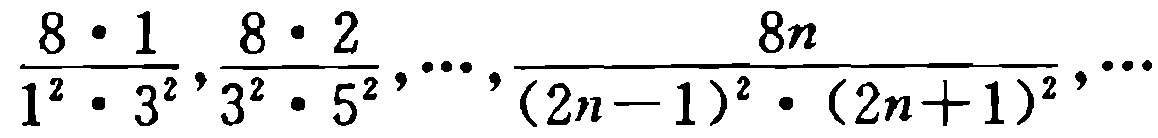
\(\frac{8\cdot 1}{1^{2}\cdot 3^{2}},\frac{8\cdot 2}{3^{2}\cdot 5^{2}},\cdots,\frac{8n}{(2n - 1)^{2}\cdot (2n + 1)^{2}},\cdots\)